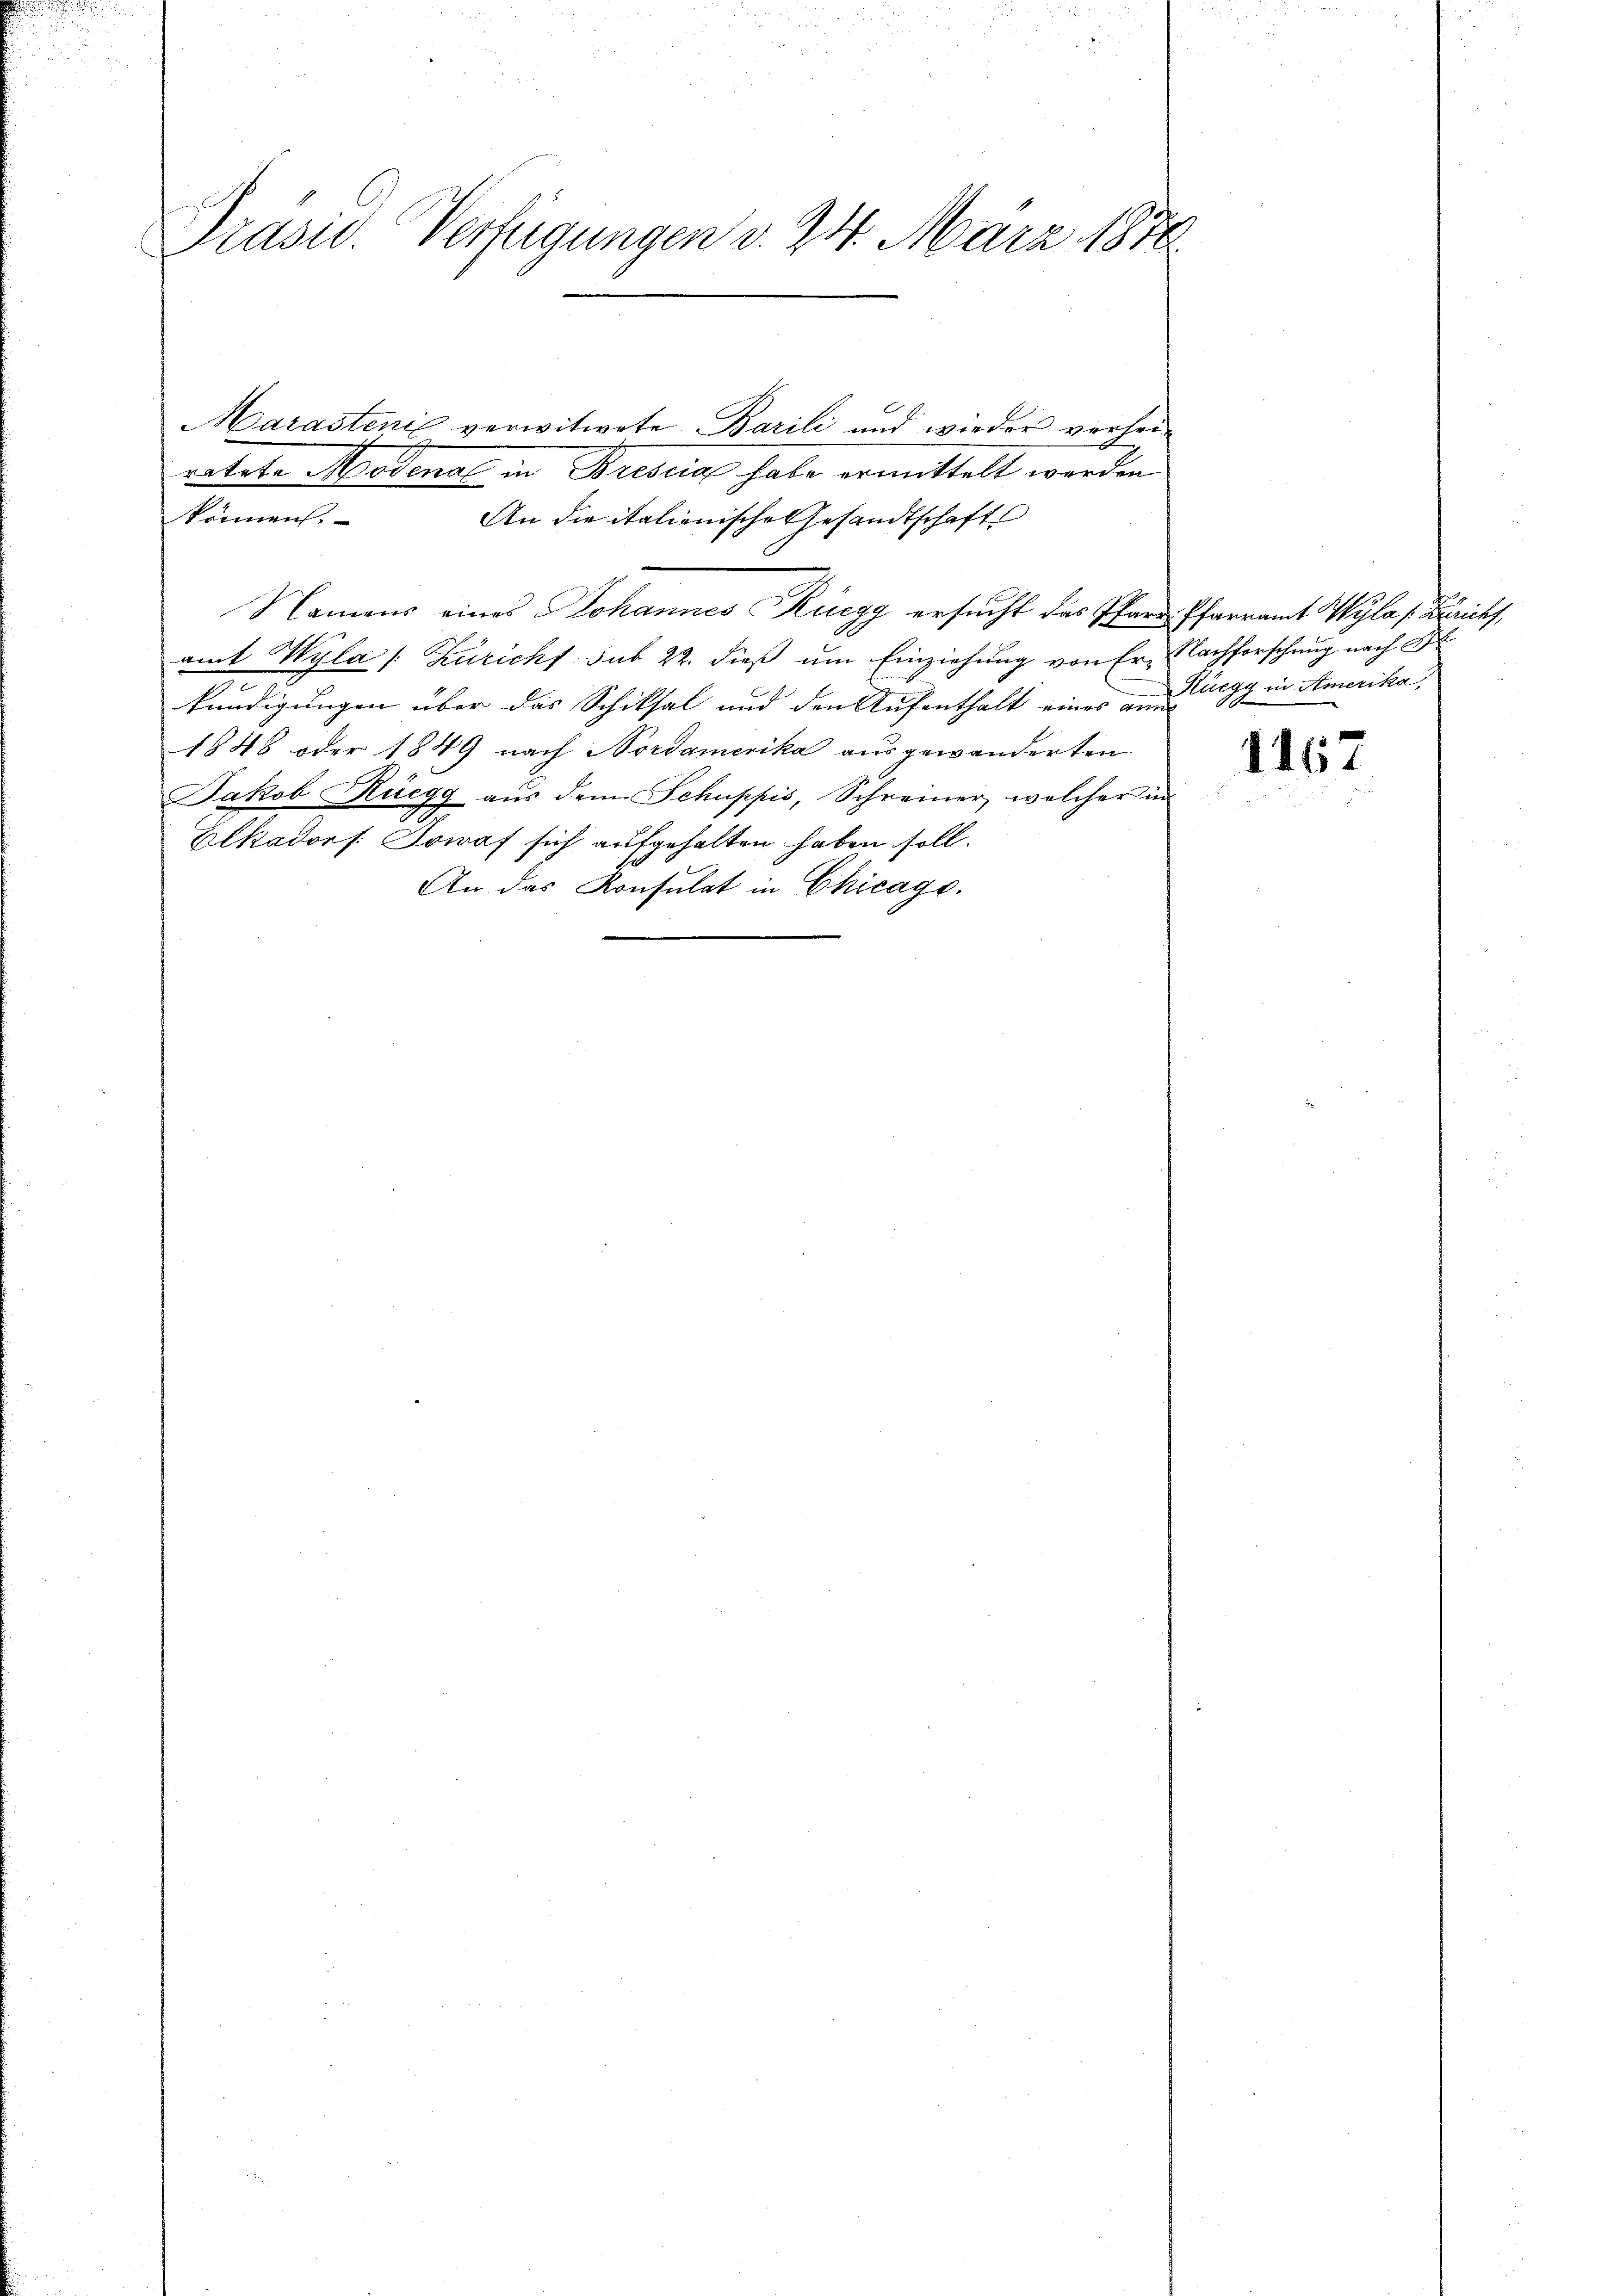
u
Präsid. Verfügungen v. 24. März 1870

Marastenić verwitwete Barili und wieder verheiratete Modena in Billig habe ermittelt worden
können.
An die italienische Gesandtschaft

Namens eines Johannes Küegg ersucht das Pfarr Pfarramt Wyla /: Bericht,
amt Wyla /: Züricht sub 22. dieß um Einziehung von Er. Nachforschung nach B
kündigungen über das Schiksal und den Aufenthalt eines am Egg in Stimerika,
1848 oder 1849 nach Nordamerika ausgewanderten
Jakob Rüegg aŭs dem Schuppis, Schreiner, welcher in
Klkadorf. Sowaf sich aufgehalten haben soll.
An das Konsulat in Chicago.

1167